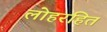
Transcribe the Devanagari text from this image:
लोहरहित